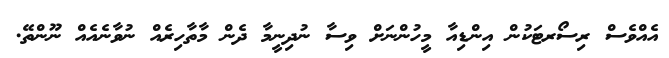
އެއްވެސް ރިސޯރޓަކުން އިންޑިއާ މީހުންނަށް ވިސާ ނުދިނީމާ ދެން މާތާހިރެއް ނުވާނެއެއް ނޫންތޭ.